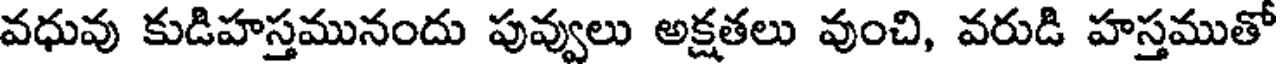
వధువు కుడిహస్తమునందు పువ్వులు అక్షతలు వుంచి, వరుడి హస్తముతో